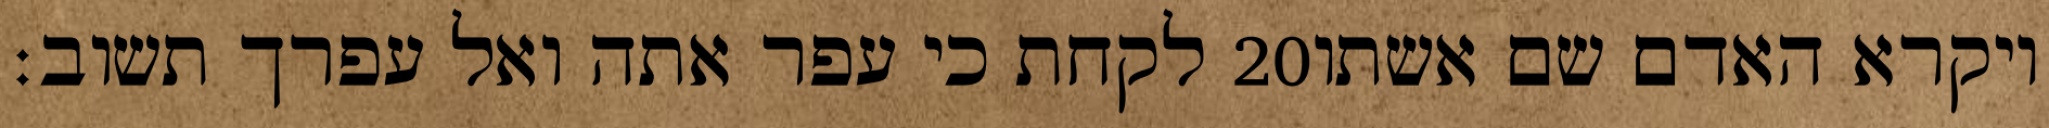
לקחת כי עפר אתה ואל עפרך תשוב׃ ‎20‏ ויקרא האדם שם אשתו